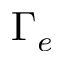
\Gamma _ { e }